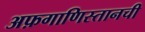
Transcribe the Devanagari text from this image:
अफ़गाणिस्तानची